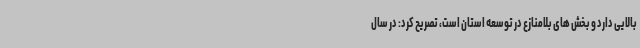
بالایی دارد و بخش های بلامنازع در توسعه استان است، تصریح کرد: در سال